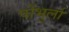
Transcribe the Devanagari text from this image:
पोंभुर्ला